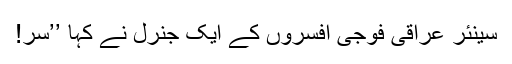
سینئر عراقی فوجی افسروں کے ایک جنرل نے کہا ’’سر!